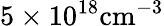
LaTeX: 5\times 10^{18}\mathrm{cm^{-3}}